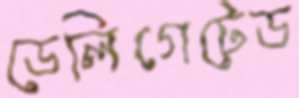
ডেলিগেটেড